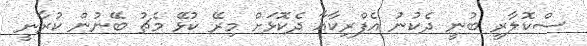
ސްކޮލާރީ ބުނީ ދެކުނު އެފްރިކާއާ ދެކޮޅަށް މިރޭ ކުޅޭ މެޗު ބޭނުން ކުރާނީ